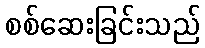
စစ်ဆေးခြင်းသည်